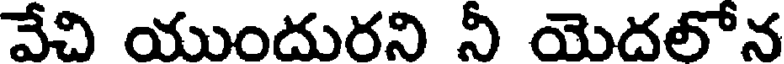
వేచి యుందురని నీ యెదలోన